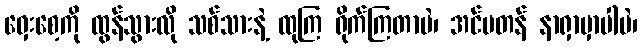
ဝှေးစေ့ကို ထွန်သွားလို သစ်သားနဲ့ ထုကြ ရိုက်ကြတာပဲ၊ အင်မတန် နာရှာမှာပါပဲ၊